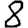
Digit: 8